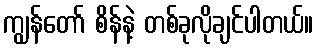
ကျွန်တော် စိန်နဲ့ တစ်ခုလိုချင်ပါတယ်။